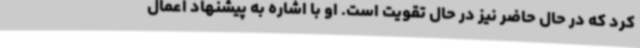
کرد که در حال حاضر نیز در حال تقویت است. او با اشاره به پیشنهاد اعمال